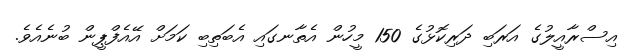
އިސްރާއީލުގެ އަރަބި ދަރިކޮޅުގެ 150 މީހުން އެތާނގައި އެބަތިބި ކަމަށް އޭއެފްޕީން ބުނެއެވެ.